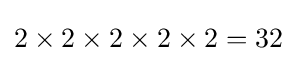
2\times 2\times 2\times 2\times 2=32